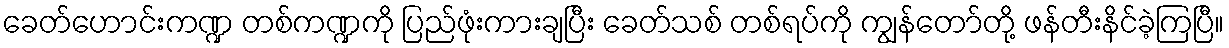
ခေတ်ဟောင်းကဏ္ဍ တစ်ကဏ္ဍကို ပြည်ဖုံးကားချပြီး ခေတ်သစ် တစ်ရပ်ကို ကျွန်တော်တို့ ဖန်တီးနိင်ခဲ့ကြပြီ။